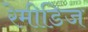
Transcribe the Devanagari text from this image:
रेमीडिज